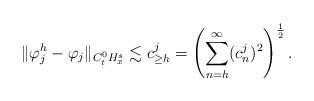
LaTeX: \begin{align*}\|\varphi_j^h - \varphi_j\|_{C_t^0H_x^s} \lesssim c^j_{\geq h}=\left(\sum_{\substack{n=h}}^{\infty} (c^j_n)^2\right)^{\frac{1}{2}}.\end{align*}